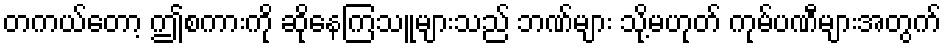
တကယ်တော့ ဤစကားကို ဆိုနေကြသူများသည် ဘဏ်များ သို့မဟုတ် ကုမ်ပဏီများအတွက်